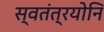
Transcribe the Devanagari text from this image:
स्वतंत्रयोनि